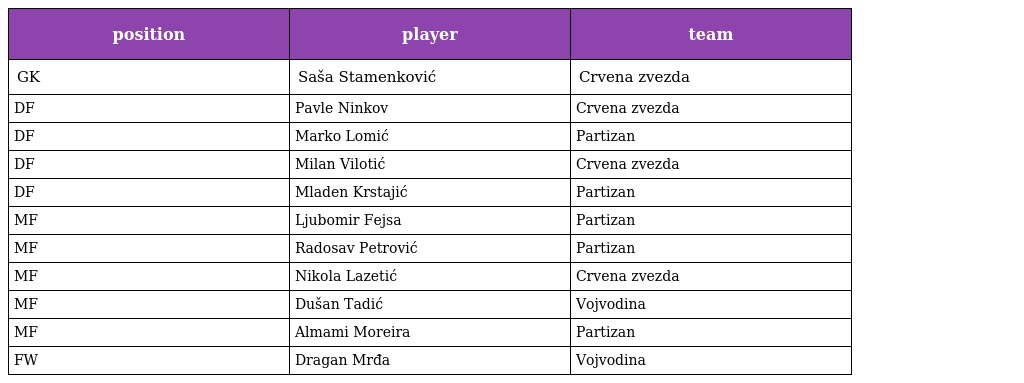
| position | player | team |
 | --- | --- | --- |
 | GK | Saša Stamenković | Crvena zvezda |
 | DF | Pavle Ninkov | Crvena zvezda |
 | DF | Marko Lomić | Partizan |
 | DF | Milan Vilotić | Crvena zvezda |
 | DF | Mladen Krstajić | Partizan |
 | MF | Ljubomir Fejsa | Partizan |
 | MF | Radosav Petrović | Partizan |
 | MF | Nikola Lazetić | Crvena zvezda |
 | MF | Dušan Tadić | Vojvodina |
 | MF | Almami Moreira | Partizan |
 | FW | Dragan Mrđa | Vojvodina |